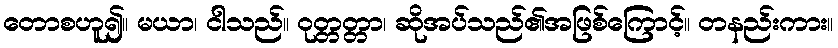
တောစဟူ၍။ မယာ၊ ငါသည်။ ဝုတ္တတ္တာ၊ ဆိုအပ်သည်၏အဖြစ်ကြောင့်။ တနည်းကား။